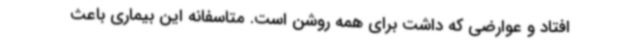
افتاد و عوارضی که داشت برای همه روشن است. متاسفانه این بیماری باعث